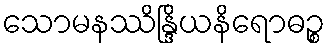
သောမနဿိန္ဒြိယနိရောဓဉ္စ